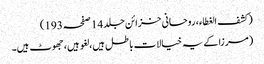
(کشف الغطاء، روحانی خزائن جلد 14 صفحہ 193)
(مرزا کے یہ خیالات باطل ہیں، لغو ہیں، جھوٹ ہیں۔